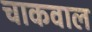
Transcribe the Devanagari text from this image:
चाकवाल